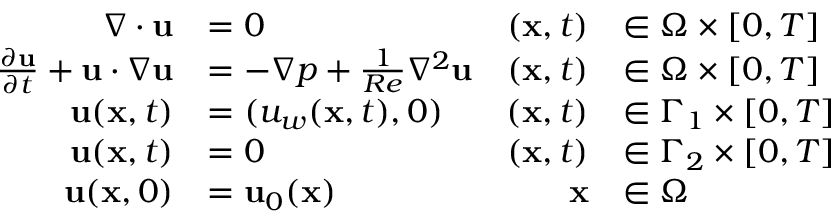
\begin{array} { r l r l } { \nabla \cdot { \mathbf { u } } } & { = 0 } & { ( \mathbf { x } , t ) } & { \in \Omega \times [ 0 , T ] } \\ { \frac { \partial \mathbf { u } } { \partial t } + { \mathbf { u } } \cdot \nabla { \mathbf { u } } } & { = - \nabla p + \frac { 1 } { R e } { \nabla ^ { 2 } } { \mathbf { u } } } & { ( \mathbf { x } , t ) } & { \in \Omega \times [ 0 , T ] } \\ { \mathbf { u } ( \mathbf { x } , t ) } & { = ( u _ { w } ( \mathbf { x } , t ) , 0 ) } & { ( \mathbf { x } , t ) } & { \in \Gamma _ { 1 } \times [ 0 , T ] } \\ { \mathbf { u } ( \mathbf { x } , t ) } & { = 0 } & { ( \mathbf { x } , t ) } & { \in \Gamma _ { 2 } \times [ 0 , T ] } \\ { \mathbf { u } ( \mathbf { x } , 0 ) } & { = \mathbf { u } _ { 0 } ( \mathbf { x } ) } & { \mathbf { x } } & { \in \Omega } \end{array}